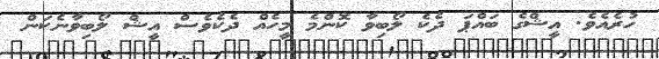
ހުރެއެވެ. އީޝްގެ ބައްޕަ ދެކެ ލޯބިވާ ކޮންމެ މީހެއް ދެކެވެސް އީޝް ލޯބިވާނެކަން